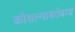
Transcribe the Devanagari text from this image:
कौशल्याबरोबरच